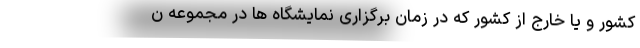
کشور و یا خارج از کشور که در زمان برگزاری نمایشگاه ها در مجموعه ن